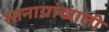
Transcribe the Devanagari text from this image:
स्तनाग्रांखाली